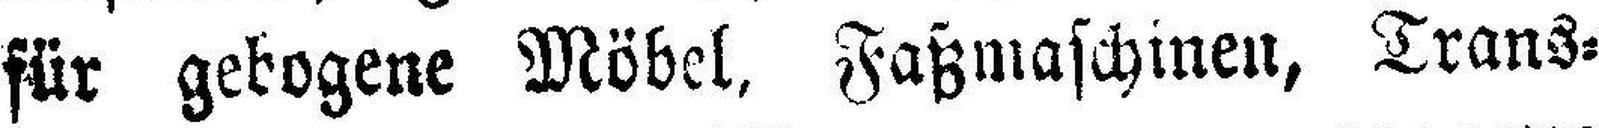
für gebogene Möbel, Faßmaschinen, Trans¬